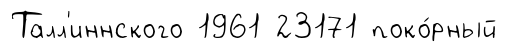
Талл'иннского 1961 23171 поко́рный